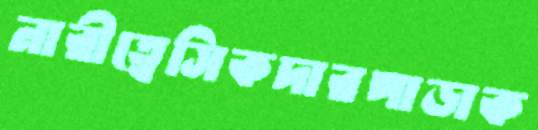
নারীত্বেসিকদারপাড়াক